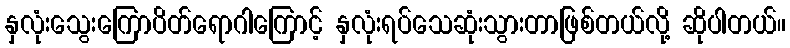
နှလုံးသွေးကြောပိတ်ရောဂါကြောင့် နှလုံးရပ်သေဆုံးသွားတာဖြစ်တယ်လို့ ဆိုပါတယ်။